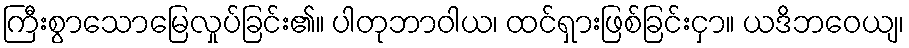
ကြီးစွာသောမြေလှုပ်ခြင်း၏။ ပါတုဘာဝါယ၊ ထင်ရှားဖြစ်ခြင်းငှာ။ ယဒိဘဝေယျ၊